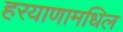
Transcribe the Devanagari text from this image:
हरयाणामधिल